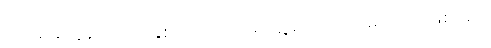
ပိုက်ဆံတွေနဲ့ ကုတင်နှစ်လုံး မှောက်၍ ဆွဲစုပ်ကာ အမှတ်တရဖြစ်စေဖို့